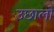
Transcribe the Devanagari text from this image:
उछालो